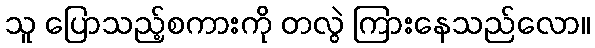
သူ ပြောသည့်စကားကို တလွဲ ကြားနေသည်လော။